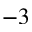
^ { - 3 }